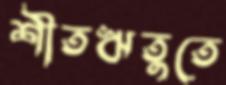
শীতঋতুতে